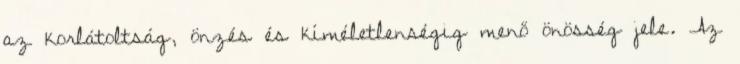
az korlátoltság, önzés és kíméletlenségig menő önösség jele. Az